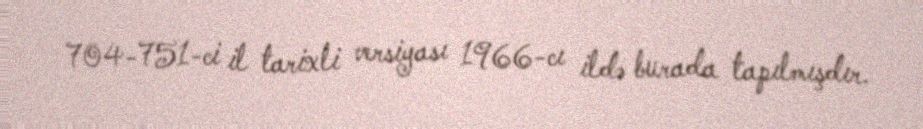
704-751-ci il tarixli versiyası 1966-cı ildə burada tapılmışdır.